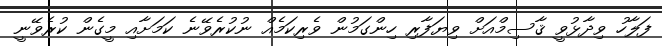
ފަލާހު ވިދާޅުވީ ޤާސިމްއަށް ވިޔަފާރި ހިންގަމުން ވެރިކަމެއް ނުކުރެވޭނެ ކަމަށާއި މީގެން ކުރެވޭނީ